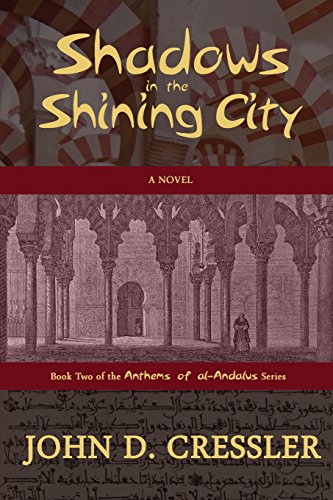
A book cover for Shadows in the Shining City (Anthems of Al-andalus); John D. Cressler; Romance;